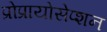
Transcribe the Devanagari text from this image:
प्रोप्रायोसेप्शन